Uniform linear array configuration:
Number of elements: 32
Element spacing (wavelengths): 0.75
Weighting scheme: cosine
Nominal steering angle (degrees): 15
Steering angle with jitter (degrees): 15.798
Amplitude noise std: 0.05
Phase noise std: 0.05

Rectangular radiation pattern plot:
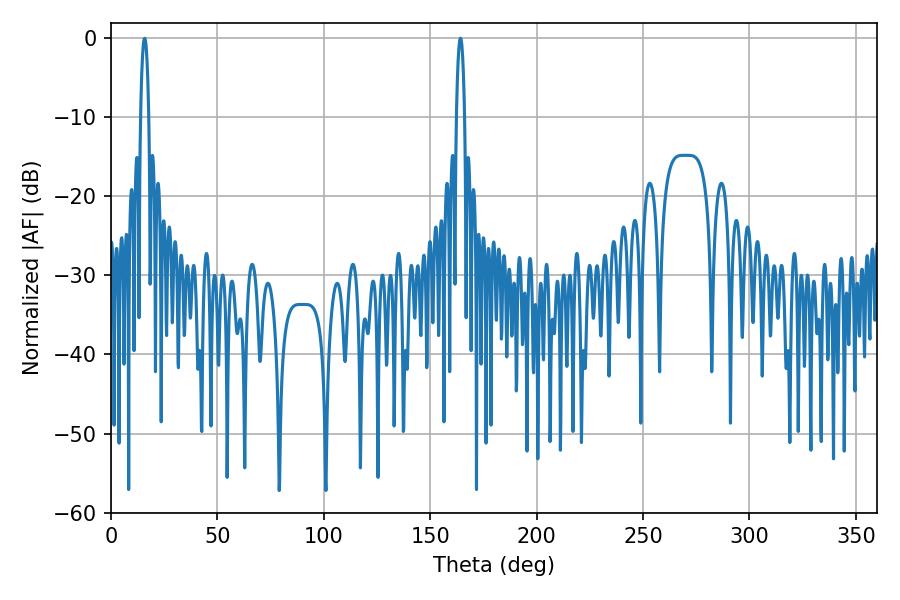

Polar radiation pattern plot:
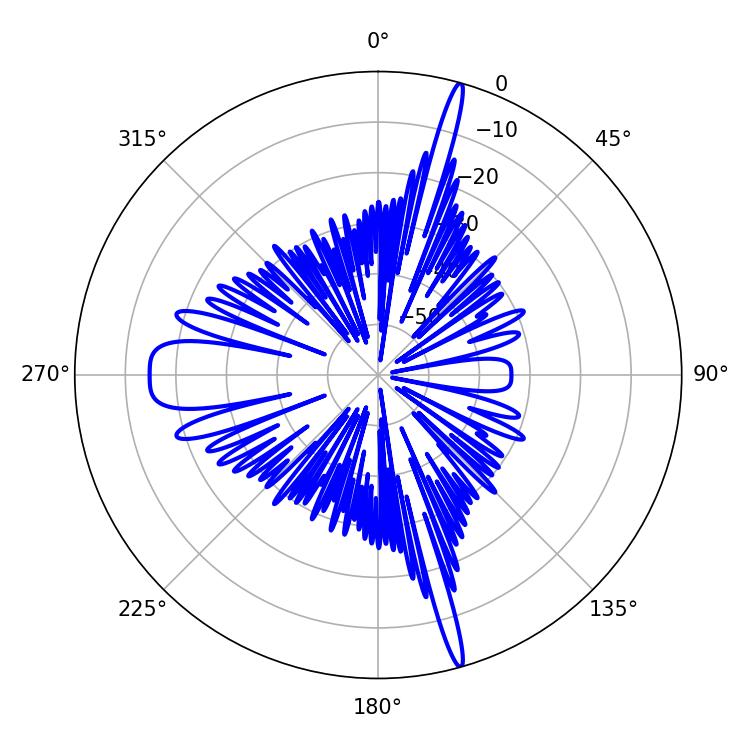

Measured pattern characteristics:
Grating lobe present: TRUE
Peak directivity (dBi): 22.441
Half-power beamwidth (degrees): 2.16
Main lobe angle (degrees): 164.16